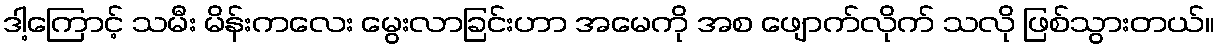
ဒါ့ကြောင့် သမီး မိန်းကလေး မွေးလာခြင်းဟာ အမေကို အစ ဖျောက်လိုက် သလို ဖြစ်သွားတယ်။